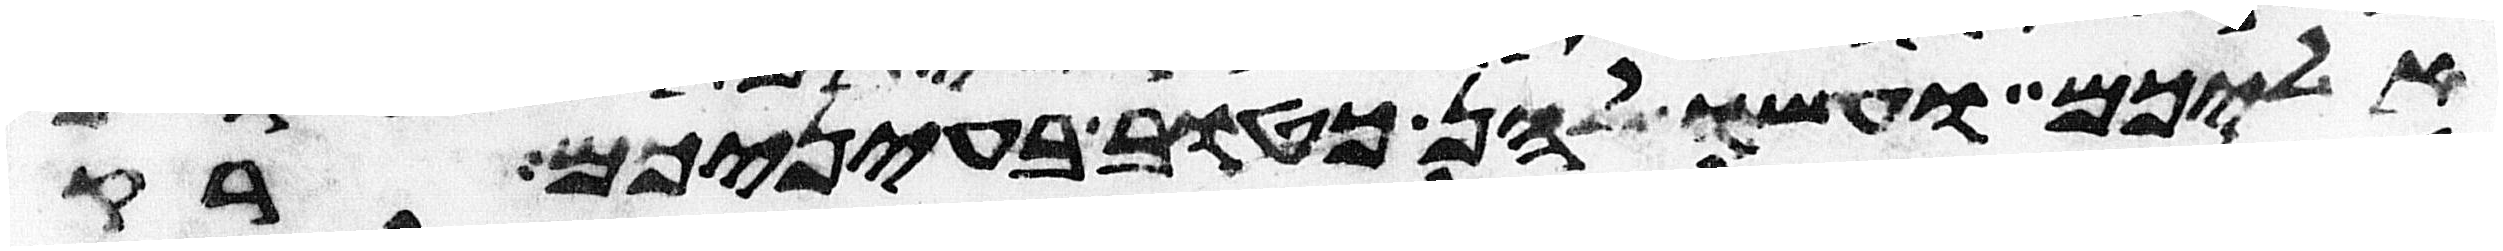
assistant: אליכם ועשו להן כטוב בעיניכם רק